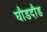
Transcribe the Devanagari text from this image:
घौडदौड